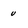
Character: u